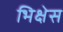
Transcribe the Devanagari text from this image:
भिक्षेस